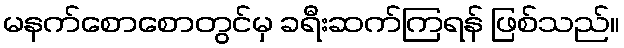
မနက်စောစောတွင်မှ ခရီးဆက်ကြရန် ဖြစ်သည်။